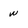
Character: w